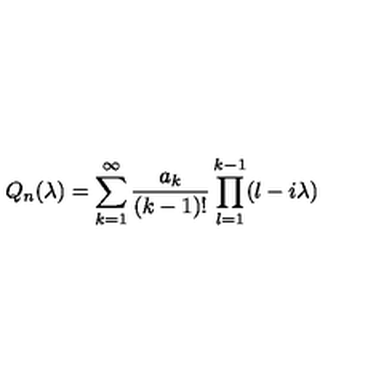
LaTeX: Q _ { n } ( \lambda ) = \sum _ { k = 1 } ^ { \infty } \frac { a _ { k } } { ( k - 1 ) ! } \prod _ { l = 1 } ^ { k - 1 } ( l - i \lambda )